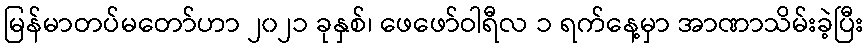
မြန်မာတပ်မတော်ဟာ ၂၀၂၁ ခုနှစ်၊ ဖေဖော်ဝါရီလ ၁ ရက်နေ့မှာ အာဏာသိမ်းခဲ့ပြီး